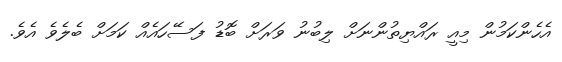
އެހެންކަމުން މިއީ ރައްޔިތުންނަށް ލިބުނު ވަރަށް ބޮޑު ފަސޭހައެއް ކަމަށް ބެލެވެ އެވެ.